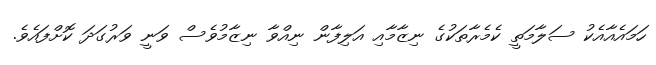
ހަމައެއާއެކު ސަލާމަތީ ކެމެރާތަކުގެ ނިޒާމާއި އަލިފާން ނިއްވާ ނިޒާމުވެސް ވަނީ ވަރުގަދަ ކޮށްފައެވެ.